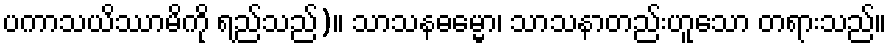
ပကာသယိဿာမိကို ရည်သည်)။ သာသနဓမ္မော၊ သာသနာတည်းဟူသော တရားသည်။